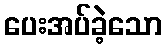
ပေးအပ်ခဲ့သော